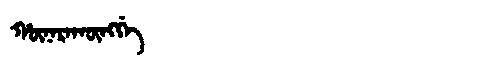
Manchu: ᡥᡡᠨᠠᡵᠠᡴᡡᠩᡤᡝ
Romanization: HŪNARAKŪNGGE